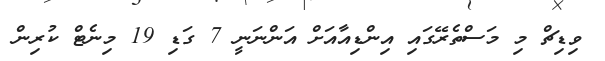
ވިޑިޗް މި މަސްތެރޭގައި އިންޑިއާއަށް އަންނަނީ 7 ގަޑި 19 މިނެޓް ކުރިން